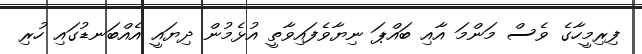
ފިރިމީހާގެ ވެސް މަންމަ އާއި ބައްޕަ ނިޔާވެފައިވާތީ އުޅެމުން ދިޔައީ އެއްބަނޑުގައި ހުރި